Vaccine operations Central Provinces 1900-1911 - 1900-1911
Year: 1900
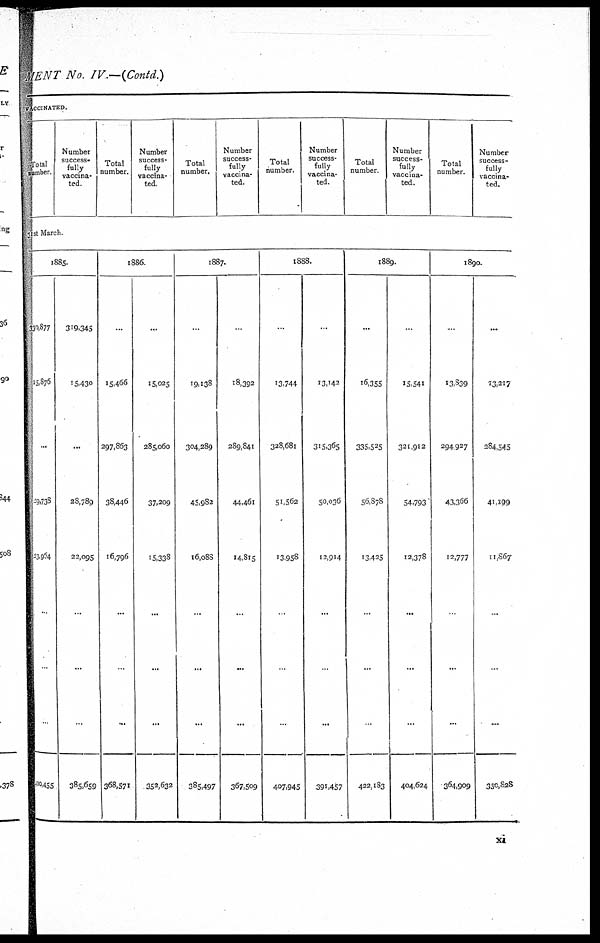
MENT No. IV.—(Contd.)
VACCINATED.
Total
number.
Number
success-
fully
vaccina-
ted
Total
number.
Number
success-
fully
vaccina-
ted.
Total
number.
Number
success-
fully
vaccina-
ted.
Total
number.
Number
success-
fully
vaccina-
ted.
Total
number.
Number
success-
fully
vaccina-
ted.
Total
number.
Number
success-
fully
vaccina-
ted.
31st March
1885.
330,877
15,876
...
29,738
23,954
...
..
400,455
319,345
15,430
...
28,789
22,095
...
.
385,659
1886.
...
15,466
297,863
38,446
16,796
...
...
368,571
...
15,025
285,060
37,209
15,338
...
...
352,632
1887.
..
19,138
304,289
45,982
16,088
...
...
385,497
..
18,392
289,841
44,461
14,815
...
...
367,509
1888.
..
13,744
328,681
51,562
13,958
..
...
407,945
..
13,142
315,365
50,036
12,914
...
...
391,457
1889.
...
16,355
335,525
56,878
13,425
..
..
422,183
...
15,541
321,912
54,793
12,378
...
...
404,624
1890.
.
13,839
294,927
43,366
12,777
.
...
364,909
...
13,217
284,545
41,199
11,867
...
...
350,828
xi